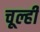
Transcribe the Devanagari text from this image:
चूल्ही